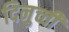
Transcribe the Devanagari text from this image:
दिनुच्ची